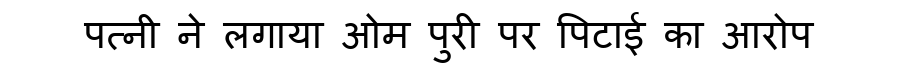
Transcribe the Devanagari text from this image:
पत्नी ने लगाया ओम पुरी पर पिटाई का आरोप